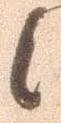
候